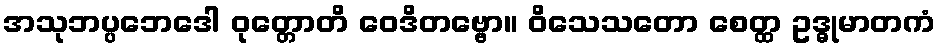
အသုဘပ္ပဘေဒေါ ဝုတ္တောတိ ဝေဒိတဗ္ဗော။ ဝိသေသတော စေတ္ထ ဥဒ္ဓုမာတကံ